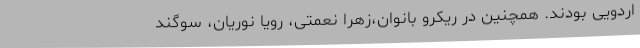
اردویی بودند. همچنین در ریکرو بانوان،زهرا نعمتی، رویا نوریان، سوگند